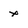
Character: x